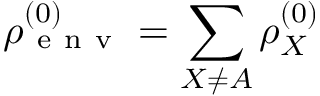
\rho _ { \mathrm { ~ e ~ n ~ v ~ } } ^ { ( 0 ) } = \sum _ { X \ne A } \rho _ { X } ^ { ( 0 ) }